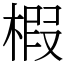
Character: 椵